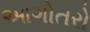
આગોતરો